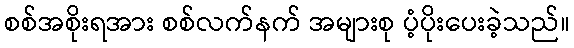
စစ်အစိုးရအား စစ်လက်နက် အများစု ပံ့ပိုးပေးခဲ့သည်။